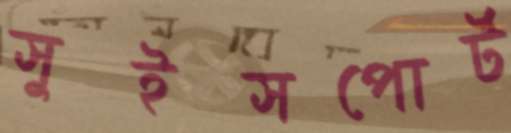
সুইসপোর্ট